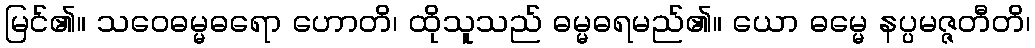
မြင်၏။ သဝေဓမ္မဓရော ဟောတိ၊ ထိုသူသည် ဓမ္မဓရမည်၏။ ယော ဓမ္မေ နပ္ပမဇ္ဇတီတိ၊